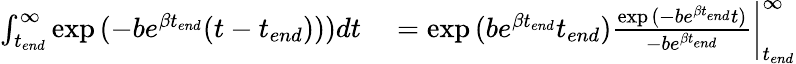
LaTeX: \begin{array}{rl}{\int_{t_{end}}^{\infty}\exp{(-be^{\beta t_{end}}(t-t_{end})))}dt}&{{}=\exp{(be^{\beta t_{end}}t_{end})}\frac{\exp{(-be^{\beta t_{end}}t)}}{-be^{\beta t_{end}}}\bigg|_{t_{end}}^{\infty}}\end{array}